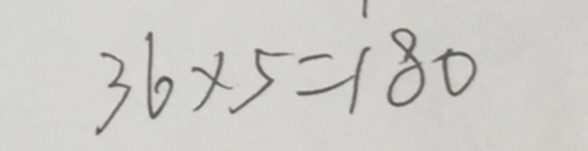
3 6 \times 5 = 1 8 0